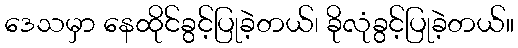
ဒေသမှာ နေထိုင်ခွင့်ပြုခဲ့တယ်၊ ခိုလုံခွင့်ပြုခဲ့တယ်။